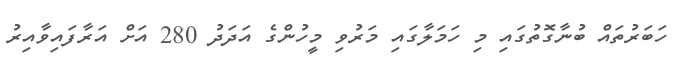
ހަބަރުތައް ބުނާގޮތުގައި މި ހަމަލާގައި މަރުވި މީހުންގެ އަދަދު 280 އަށް އަރާފައިވާއިރު